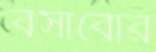
বসাবোর